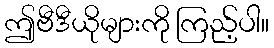
ဤဗီဒီယိုများကို ကြည့်ပါ။